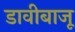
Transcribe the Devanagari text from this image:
डावीबाजू